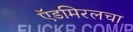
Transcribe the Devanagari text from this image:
ऍडमिरलचा